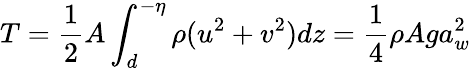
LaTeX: T=\frac{1}{2}A\int_{d}^{-\eta}\rho(u^{2}+v^{2})dz=\frac{1}{4}\rho Aga_{w}^{2}